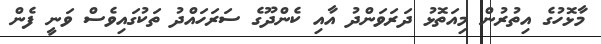
މާޅޮހުގެ އިތުރުން މިއަތޮޅު ދަރަވަންދު އާއި ކެންދޫގެ ސަރަހައްދު ތަކުގައިވެސް ވަނީ ފެން